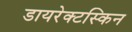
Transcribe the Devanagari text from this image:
डायरेक्टस्किन